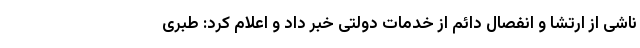
ناشی از ارتشا و انفصال دائم از خدمات دولتی خبر داد و اعلام کرد: طبری